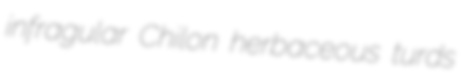
infragular Chilon herbaceous turds